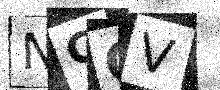
Text: NCQV